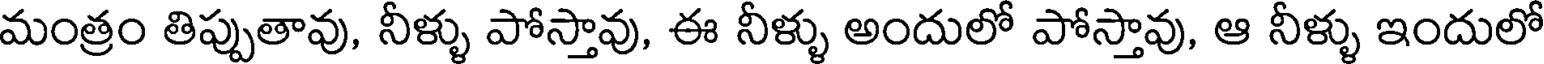
మంత్రం తిప్పుతావు, నీళ్ళు పోస్తావు, ఈ నీళ్ళు అందులో పోస్తావు, ఆ నీళ్ళు ఇందులో